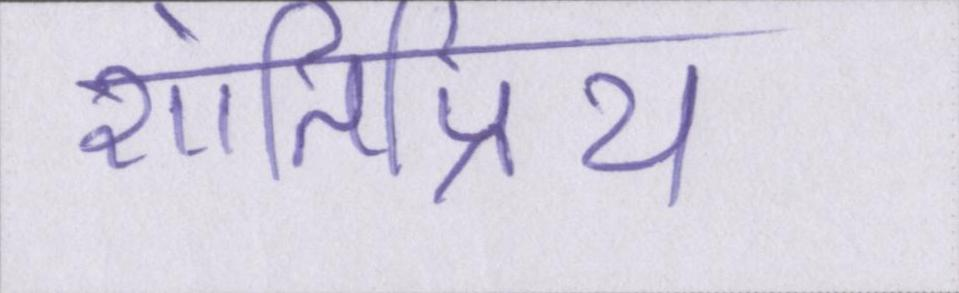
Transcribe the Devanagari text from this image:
शांतिप्रिय